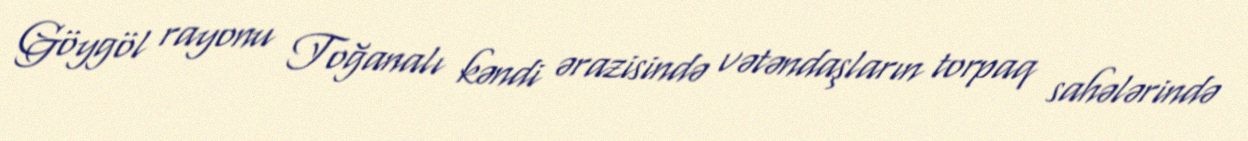
Göygöl rayonu Toğanalı kəndi ərazisində vətəndaşların torpaq sahələrində